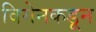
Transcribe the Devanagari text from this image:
विमेनकडून